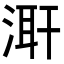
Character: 𭱌